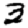
Digit: 3